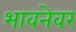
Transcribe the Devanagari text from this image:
भावनेवर